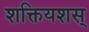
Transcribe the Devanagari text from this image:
शक्तियशस्